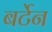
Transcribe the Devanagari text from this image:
बर्टेन